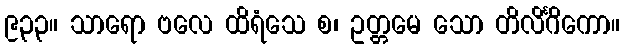
၉၃၃။ သာရော ဗလေ ထိရံသေ စ၊ ဥတ္တမေ သော တိလိင်္ဂိကော။